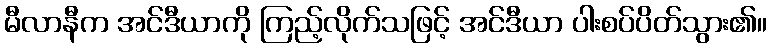
မီလာနီက အင်ဒီယာကို ကြည့်လိုက်သဖြင့် အင်ဒီယာ ပါးစပ်ပိတ်သွား၏။